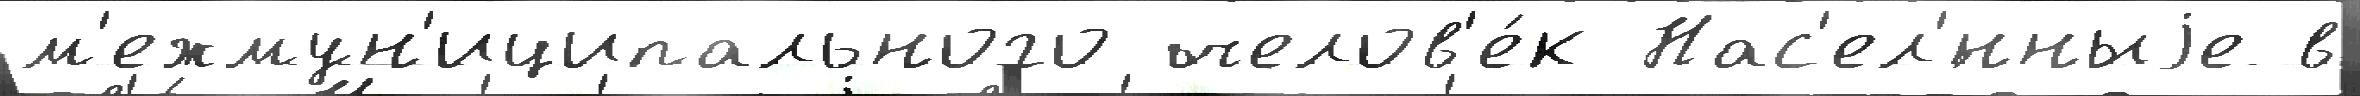
м'ежмун'иципального челов'е́к Нас'ел'́нныjе в